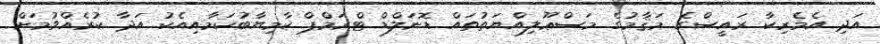
އަދި އެމެރިކާ ރައީސްގެ މަޤާމުގެ މަސްޢޫލިއްޔަތުތައް ޑޮނަލްޑް ޓްރަމްޕް ކާމިޔާބުކަމާއިއެކު އަދާ ކުރެއްވުމަށް